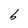
Character: b